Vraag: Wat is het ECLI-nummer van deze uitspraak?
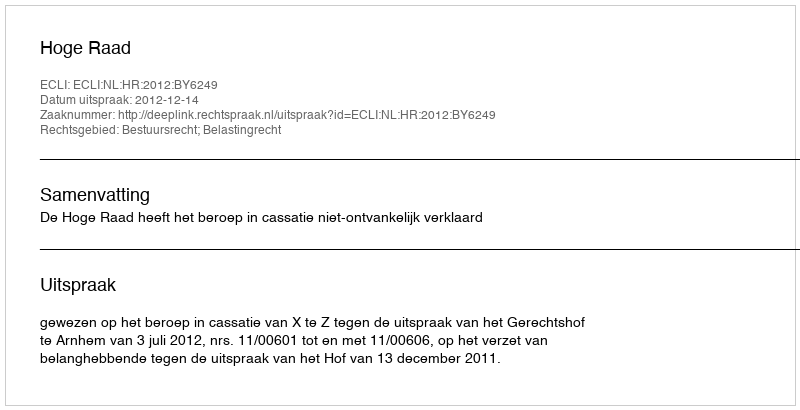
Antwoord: ECLI:NL:HR:2012:BY6249